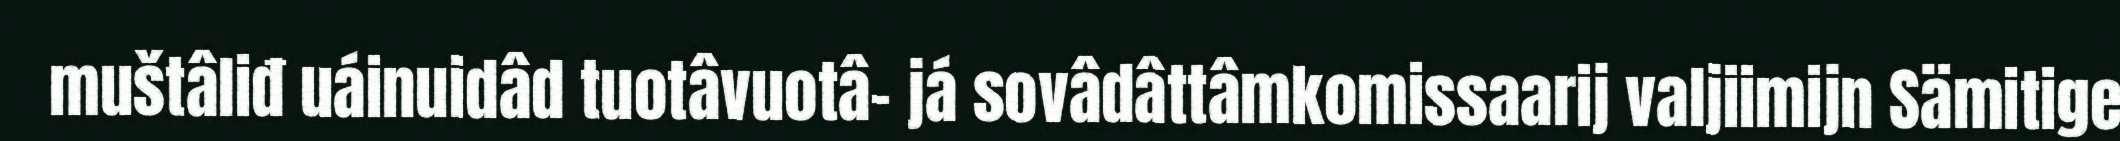
muštâliđ uáinuidâd tuotâvuotâ- já sovâdâttâmkomissaarij valjiimijn Sämitige